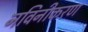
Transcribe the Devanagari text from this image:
नविनीकरण